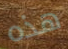
هذه